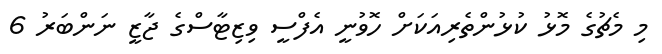
މި މެޗުގެ މޮޅު ކުޅުންތެރިއަކަށް ހޮވުނީ އެފްސީ ވިޒިޓާސްގެ ޖާޒީ ނަންބަރު 6